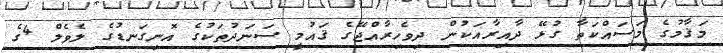
މަޤާމުގެ މަސައްކަތާ ގުޅޭ ދާއިރާއަކުން ދިވެހިރާއްޖޭގެ ޤައުމީ ސަނަދުތަކުގެ އޮނިގަނޑުގެ ލެވެލް 4ގެ